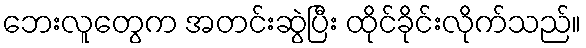
ဘေးလူတွေက အတင်းဆွဲပြီး ထိုင်ခိုင်းလိုက်သည်။